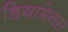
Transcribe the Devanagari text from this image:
डियामेनस